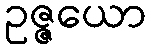
ဥဇ္ဇယော